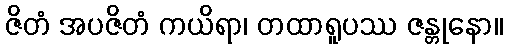
ဇိတံ အပဇိတံ ကယိရာ၊ တထာရူပဿ ဇန္တုနော။